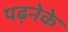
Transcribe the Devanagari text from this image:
पढ़नेके